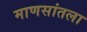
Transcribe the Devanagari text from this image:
माणसांतला